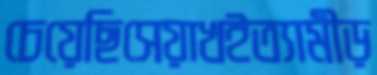
চেয়েছিসেয়াখইত্যামীড়